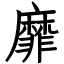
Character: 靡